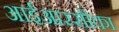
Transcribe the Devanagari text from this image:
आईआरसीका